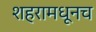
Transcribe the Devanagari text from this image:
शहरामधूनच